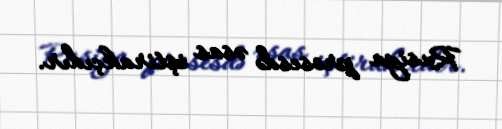
Rusiya prosesdə əsas iştirakçıdır.